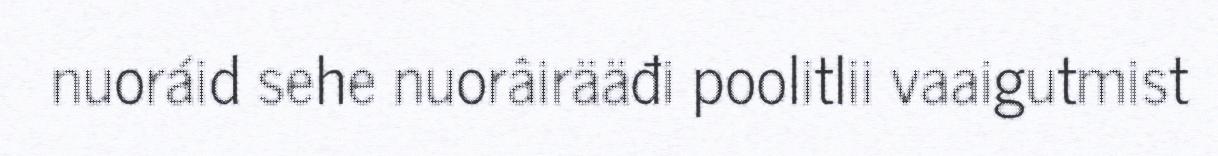
nuoráid sehe nuorâirääđi poolitlii vaaigutmist